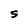
Character: S